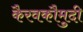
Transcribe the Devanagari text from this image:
कैरवकौमुदी